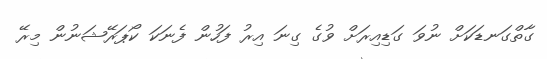
ގާތްގަނޑަކަށް ނުވަ ގަޑިއިރަށް ވުގެ ގިނަ އިރު ފަހުން ފެނަކަ ކޯޕަރޭޝަނުން މިރޭ